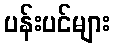
ပန်းပင်များ